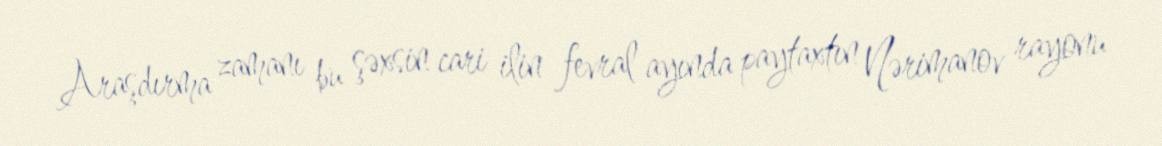
Araşdırma zamanı bu şəxsin cari ilin fevral ayında paytaxtın Nərimanov rayonu